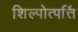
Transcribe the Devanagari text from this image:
शिल्पोत्पत्तिं